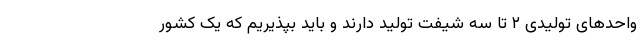
واحدهای تولیدی ۲ تا سه شیفت تولید دارند و باید بپذیریم که یک کشور